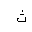
Letter: _tha